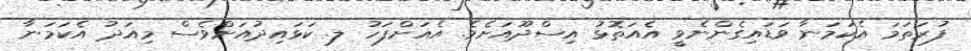
ފުރަތަމަ އެކަމަނާ ވަޑައިގެންނެވީ އެއަތޮޅު އިސްދޫއަށެވެ. އެއަށްފަހު ލ. ކަޅައިދުއަށްވެސް މިއަދު އެކަމަނާ